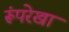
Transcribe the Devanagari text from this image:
रूंपरेखा